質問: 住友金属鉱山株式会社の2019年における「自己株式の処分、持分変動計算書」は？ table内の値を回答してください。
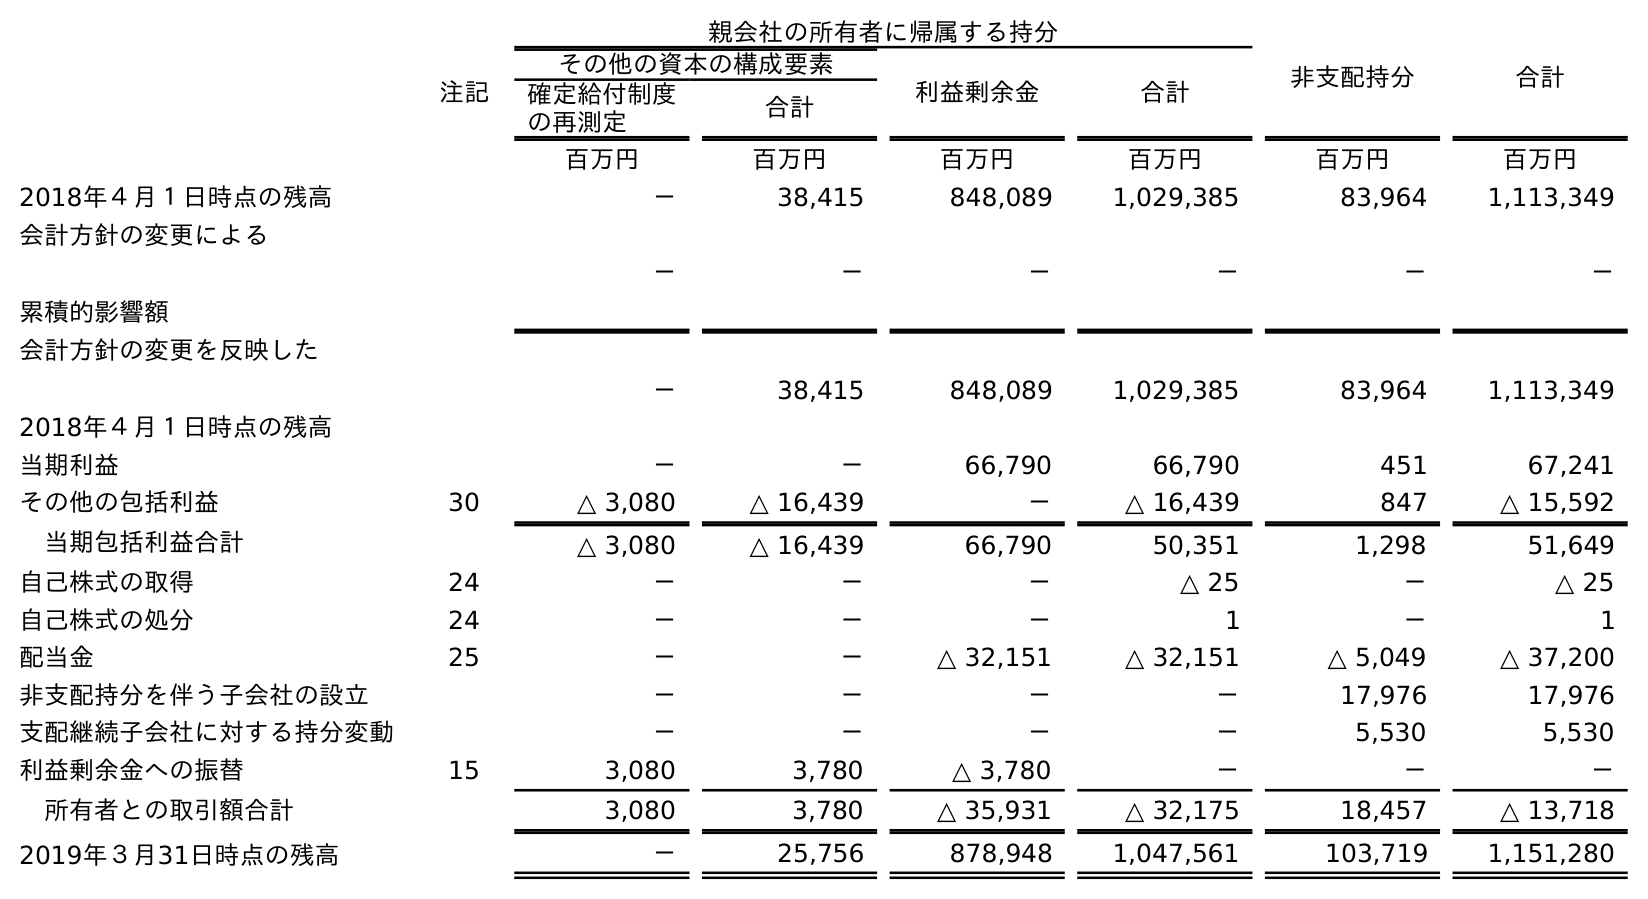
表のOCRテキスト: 親会社の所有者に帰属する持分 非支配持分 合計 注記 その他の資本の構成要素 利益剰余金 合計 確定給付制度 の再測定 合計 百万円 百万円 百万円 百万円 百万円 百万円 2018年４月１日時点の残高 － 38,415 848,089 1,029,385 83,964 1,113,349 会計方針の変更による 累積的影響額 － － － － － － 会計方針の変更を反映した 2018年４月１日時点の残高 － 38,415 848,089 1,029,385 83,964 1,113,349 当期利益 － － 66,790 66,790 451 67,241 その他の包括利益 30 △ 3,080 △ 16,439 － △ 16,439 847 △ 15,592 当期包括利益合計 △ 3,080 △ 16,439 66,790 50,351 1,298 51,649 自己株式の取得 24 － － － △ 25 － △ 25 自己株式の処分 24 － － － 1 － 1 配当金 25 － － △ 32,151 △ 32,151 △ 5,049 △ 37,200 非支配持分を伴う子会社の設立 － － － － 17,976 17,976 支配継続子会社に対する持分変動 － － － － 5,530 5,530 利益剰余金への振替 15 3,080 3,780 △ 3,780 － － － 所有者との取引額合計 3,080 3,780 △ 35,931 △ 32,175 18,457 △ 13,718 2019年３月31日時点の残高 － 25,756 878,948 1,047,561 103,719 1,151,280
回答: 1